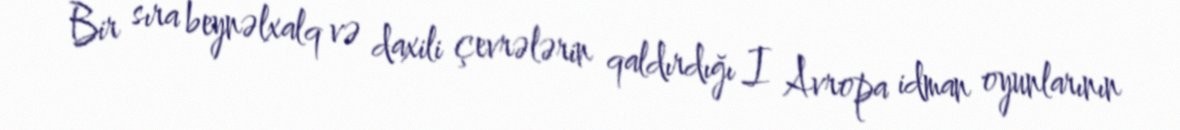
Bir sıra beynəlxalq və daxili çevrələrin qaldırdığı I Avropa idman oyunlarının